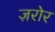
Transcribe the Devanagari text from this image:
ज़रोर